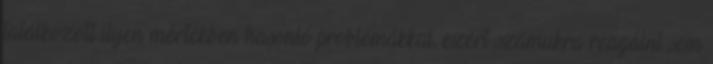
találkozott ilyen mértékben hasonló problémákkal, ezért számukra reagálni sem